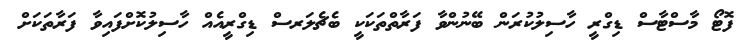
ފޮޓޯ މާސްޓާސް ޑިގްރީ ހާސިލުކުރަން ބޭނުންވާ ފަރާތްތަކަކީ ބެޗެލަރސް ޑިގްރީއެއް ހާސިލުކޮށްފައިވާ ފަރާތަކަށް